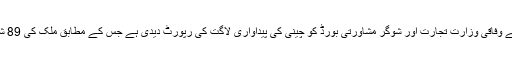
ادھر کچھ رپورٹس ایسی بھی ہیں کہ پاکستان شوگر ملز ایسوسی ایشن نے وفاقی وزارت تجارت اور شوگر مشاورتی بورڈ کو چینی کی پیداواری لاگت کی رپورٹ دیدی ہے جس کے مطابق ملک کی 89 شوگر ملز کی موجودہ پیداواری لاگت 83 روپے فی کلو تک ہوگئی ہے۔